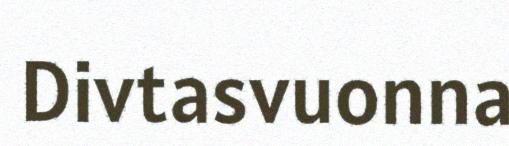
Divtasvuonna